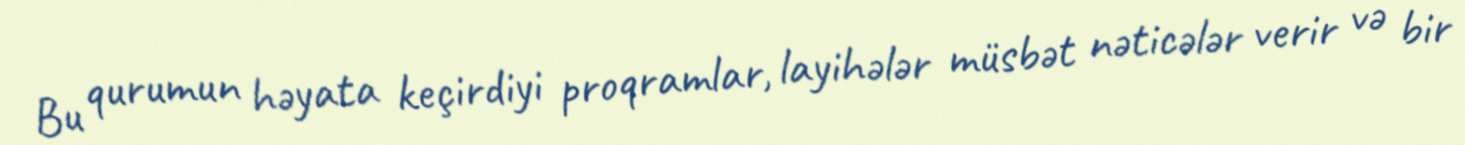
Bu qurumun həyata keçirdiyi proqramlar, layihələr müsbət nəticələr verir və bir